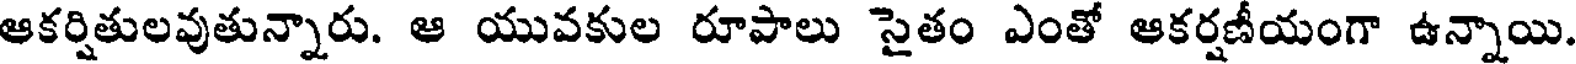
ఆకర్షితులవుతున్నారు. ఆ యువకుల రూపాలు సైతం ఎంతో ఆకర్షణీయంగా ఉన్నాయి.